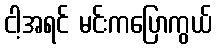
ငါ့အရင် မင်းကပြောကွယ်